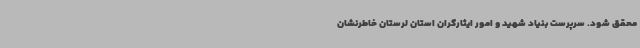
محقق شود. سرپرست بنیاد شهید و امور ایثارگران استان لرستان خاطرنشان